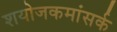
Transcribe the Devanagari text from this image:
शयोजकमांसर्क